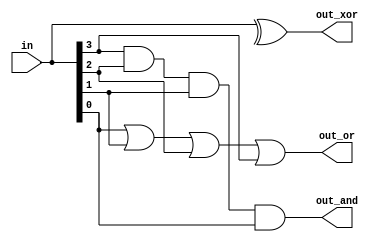
module top_module( 
    input [3:0] in,
    output out_and,
    output out_or,
    output out_xor
);
    and and1(out_and, in[3], in[2], in[1], in[0]);
    assign out_or = in[0] | in[1] | in[2] | in[3];
    assign out_xor = ^in;

endmodule